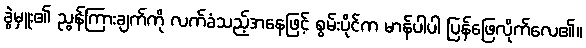
ခွဲမှူး၏ ညွန်ကြားချက်ကို လက်ခံသည့်အနေဖြင့် စွမ်းပိုင်က မာန်ပါပါ ပြန်ဖြေလိုက်လေ၏။